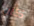
كان